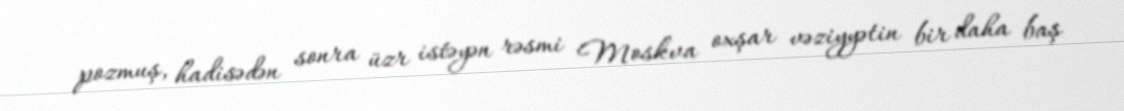
pozmuş, hadisədən sonra üzr istəyən rəsmi Moskva oxşar vəziyyətin bir daha baş